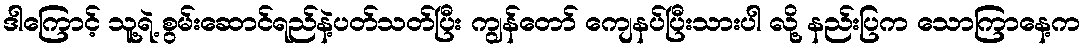
ဒါကြောင့် သူ့ရဲ့ စွမ်းဆောင်ရည်နဲ့ပတ်သတ်ပြီး ကျွန်တော် ကျေနပ်ပြီးသားပါ လို့ နည်းပြက သောကြာနေ့က